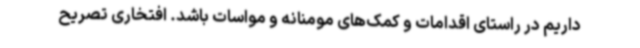
داریم در راستای اقدامات و کمک‌های مومنانه و مواسات باشد. افتخاری تصریح